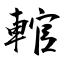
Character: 輨